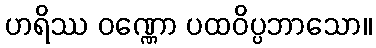
ဟရိဿ ဝဏ္ဏော ပထဝိပ္ပဘာသော။